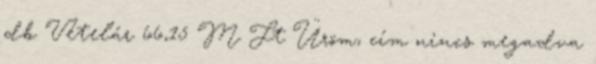
db Vételár 66,15 M Ft Üröm, cím nincs megadva